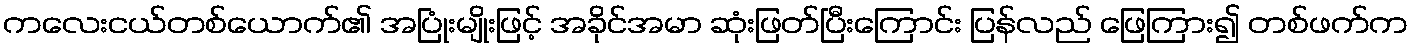
ကလေးငယ်တစ်ယောက်၏ အပြုံးမျိုးဖြင့် အခိုင်အမာ ဆုံးဖြတ်ပြီးကြောင်း ပြန်လည် ဖြေကြား၍ တစ်ဖက်က